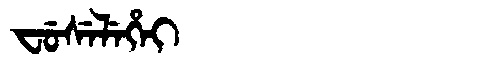
Manchu: ᠸᡠᠰᡝᠯᡝᡥᡝᡳ
Romanization: FUSELEHEI